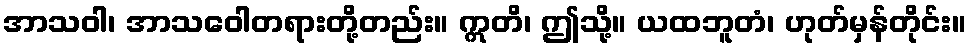
အာသဝါ၊ အာသဝေါတရားတို့တည်း။ ဣတိ၊ ဤသို့။ ယထဘူတံ၊ ဟုတ်မှန်တိုင်း။